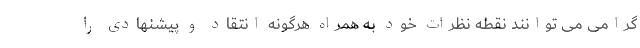
گرامی می توانند نقطه نظرات خود به همراه هرگونه انتقاد و پیشنهادی را